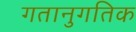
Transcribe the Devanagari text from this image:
गतानुगतिक